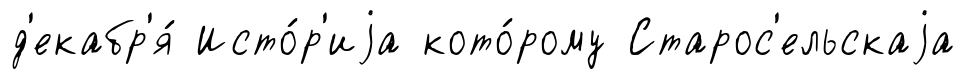
д'екабр'я́ Исто́р'иjа кото́рому Старос'ельскаjа